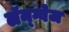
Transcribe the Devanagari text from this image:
लॅन्ग्वेज